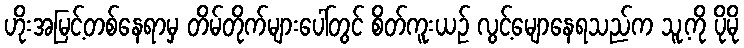
ဟိုးအမြင့်တစ်နေရာမှ တိမ်တိုက်များပေါ်တွင် စိတ်ကူးယဉ် လွင့်မျောနေရသည်က သူ့ကို ပိုမို